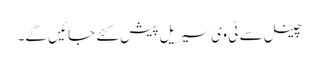
چینل سے ٹی وی سیریل پیش کئے جائیں گے۔